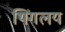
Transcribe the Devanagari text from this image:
थिंगलय